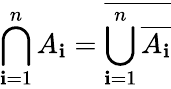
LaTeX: \bigcap_{\mathbf{i}=1}^{n}A_{\mathbf{i}}={\overline{{{\bigcup_{\mathbf{i}=1}^{n}{\overline{{{A_{\mathbf{i}}}}}}}}}}